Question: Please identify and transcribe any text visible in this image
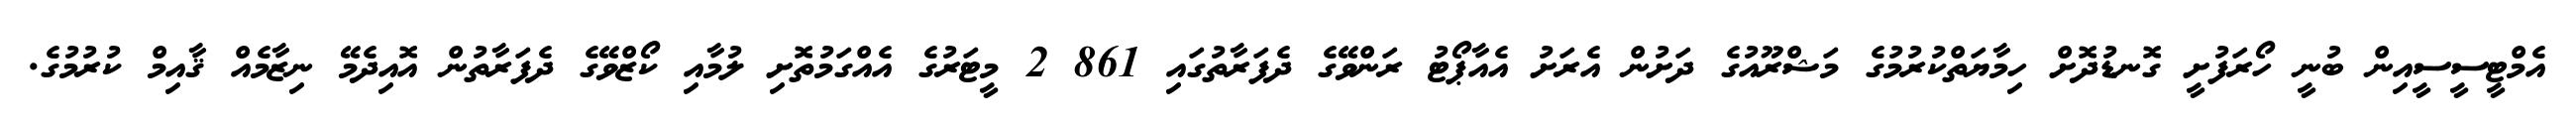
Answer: އެމްޓީސީސީއިން ބުނީ ހޯރަފުށީ ގޮނޑުދޮށް ހިމާޔަތްކުރުމުގެ މަޝްރޫއުގެ ދަށުން އެރަށު އެއާޕޯޓު ރަންވޭގެ ދެފަރާތުގައި 861 2 މީޓަރުގެ އެއްގަމުތޮށި ލުމާއި ކޯޒްވޭގެ ދެފަރާތުން އޮއިދެމޭ ނިޒާމެއް ޤާއިމް ކުރުމުގެ.